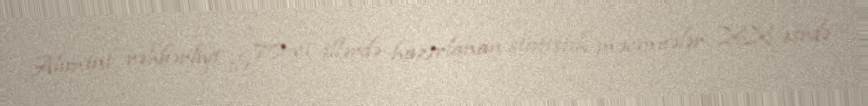
Alimini rəhbərliyi ilə 70-ci illərdə hazırlanan statistik məcmuələr XX əsrdə